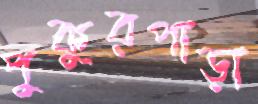
পুকুরপাড়া